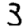
Digit: 3